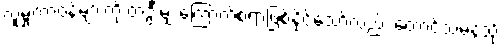
လူမှုတာဝန်များကို တဦးမျှ ကြောက်စရာဖြစ်နိုင်သော်လည်း တောင်သမန်သို့